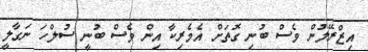
އިޒްރޭލުން ވެސް ބުނި ގޮތަށް އެމެރިކާ އިން ވެސް ބުނީ ސުލްހަ ނަގާލީ